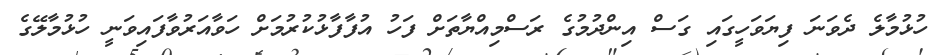
ހުޅުމާލެ ދެވަނަ ފިޔަވަހީގައި ގަސް އިންދުމުގެ ރަސްމިއްޔާތަށް ފަހު އުފާފާޅުކުރުމަށް ހަވާއަރުވާފައިވަނީ ހުޅުމާލޭގެ